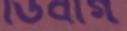
ডিবাগ